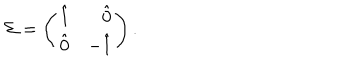
\Sigma = \left( \begin{array} { c r } { { \hat { 1 } } } & { { \hat { 0 } } } \\ { { \hat { 0 } } } & { { - \hat { 1 } } } \\ \end{array} \right) .